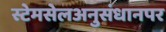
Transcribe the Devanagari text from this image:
स्टेमसेलअनुसंधानपर